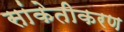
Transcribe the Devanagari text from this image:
सांकेतीकरण